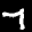
Label: 7